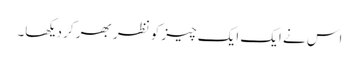
اس نے ایک ایک چیز کو نظر بھر کر دیکھا۔